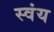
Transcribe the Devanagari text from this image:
स्‍वंय